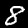
Label: 8